画像に写った文字を読んでください
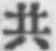
「共」と書いてあります